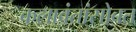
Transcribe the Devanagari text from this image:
कलावंतांसोबत